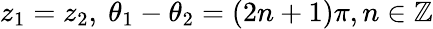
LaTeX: z_{1}=z_{2},~\theta_{1}-\theta_{2}=(2n+1)\pi,n\in\mathbb{Z}